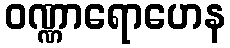
ဝဏ္ဏာရောဟေန